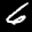
Label: 6